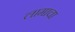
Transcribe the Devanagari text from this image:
लामाचा